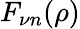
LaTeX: F_{\nu n}(\rho)